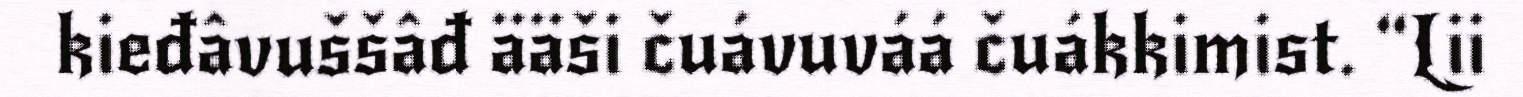
kieđâvuššâđ ääši čuávuváá čuákkimist. “Lii